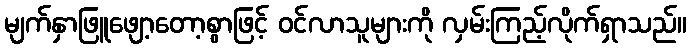
မျက်နှာဖြူဖျော့တော့စွာဖြင့် ဝင်လာသူများကို လှမ်းကြည့်လိုက်ရှာသည်။